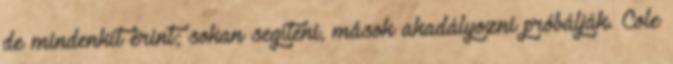
de mindenkit érint; sokan segíteni, mások akadályozni próbálják. Cole